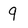
Character: 9